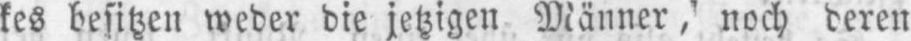
kes besitzen weder die jetzigen Männer, noch deren